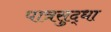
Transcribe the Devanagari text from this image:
पात्रसुद्धा